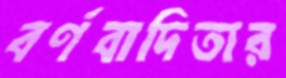
বর্ণবাদিতার